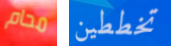
محام تخططين